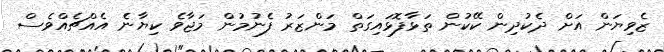
ޒެވިޔަން އަށް ދެކުދިން ކޭކުން ތަޅާފޮޅައިގަތް މަންޒަރު ފެނުމުން މަޖާވެ ކިޔާނެ އެއްޗެއްވެސް